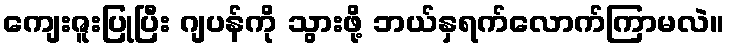
ကျေးဇူးပြုပြီး ဂျပန်ကို သွားဖို့ ဘယ်နှရက်လောက်ကြာမလဲ။